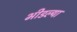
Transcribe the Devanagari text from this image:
भीडल्या